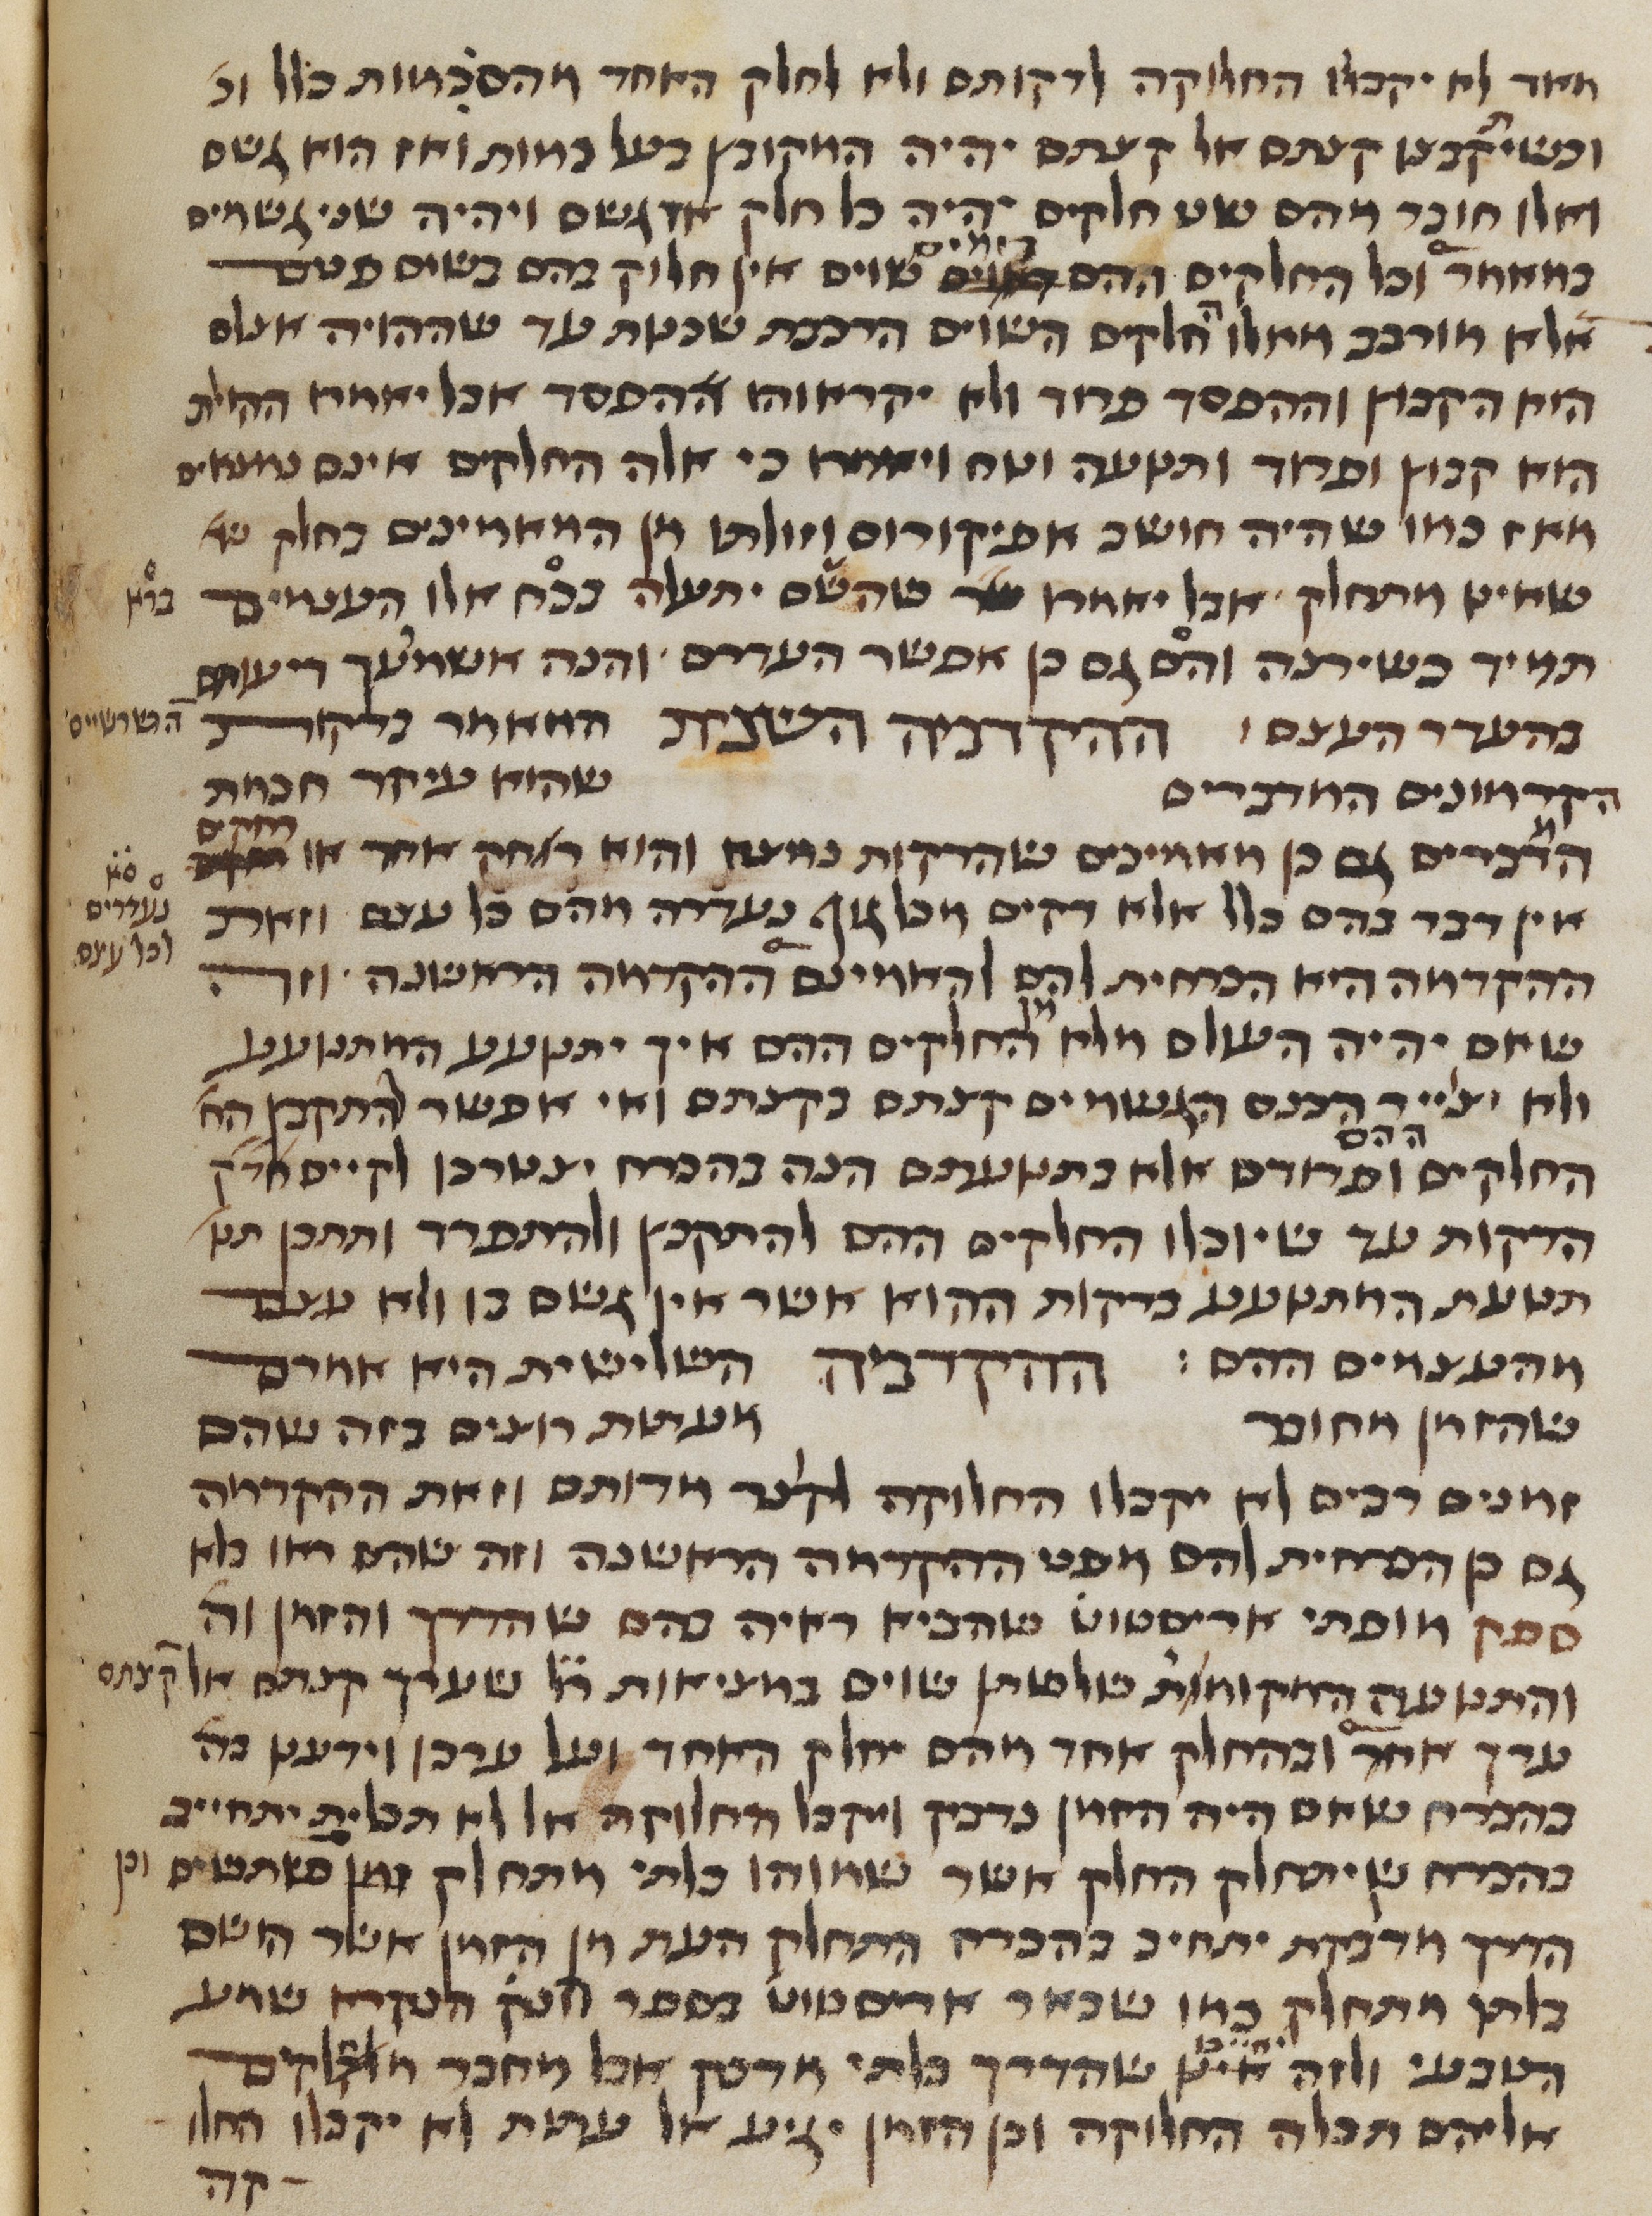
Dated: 1450–1499